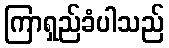
ကြာရှည်ခံပါသည်